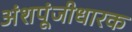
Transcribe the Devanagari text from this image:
अंशपूंजीधारक